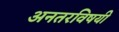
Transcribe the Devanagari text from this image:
अनतरविषयी